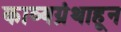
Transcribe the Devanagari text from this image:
काव्यग्रंथाहून